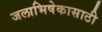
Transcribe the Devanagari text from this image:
जलाभिषेकासाठी